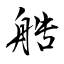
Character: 艁